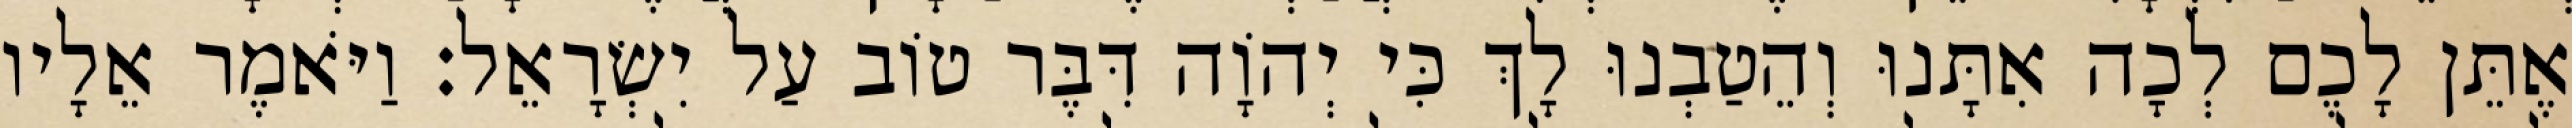
אֶתֵּן לָכֶם לְכָה אִתָּנוּ וְהֵטַבְנוּ לָךְ כִּי יְהוָֹה דִּבֶּר טוֹב עַל יִשְׂרָאֵל׃ וַיֹּאמֶר אֵלָיו